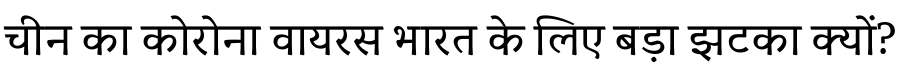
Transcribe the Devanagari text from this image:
चीन का कोरोना वायरस भारत के लिए बड़ा झटका क्यों?